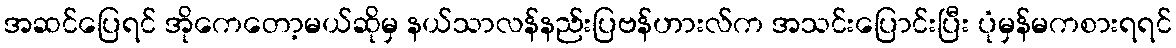
အဆင်ပြေရင် အိုကေတော့မယ်ဆိုမှ နယ်သာလန်နည်းပြဗန်ဟားလ်က အသင်းပြောင်းပြီး ပုံမှန်မကစားရရင်